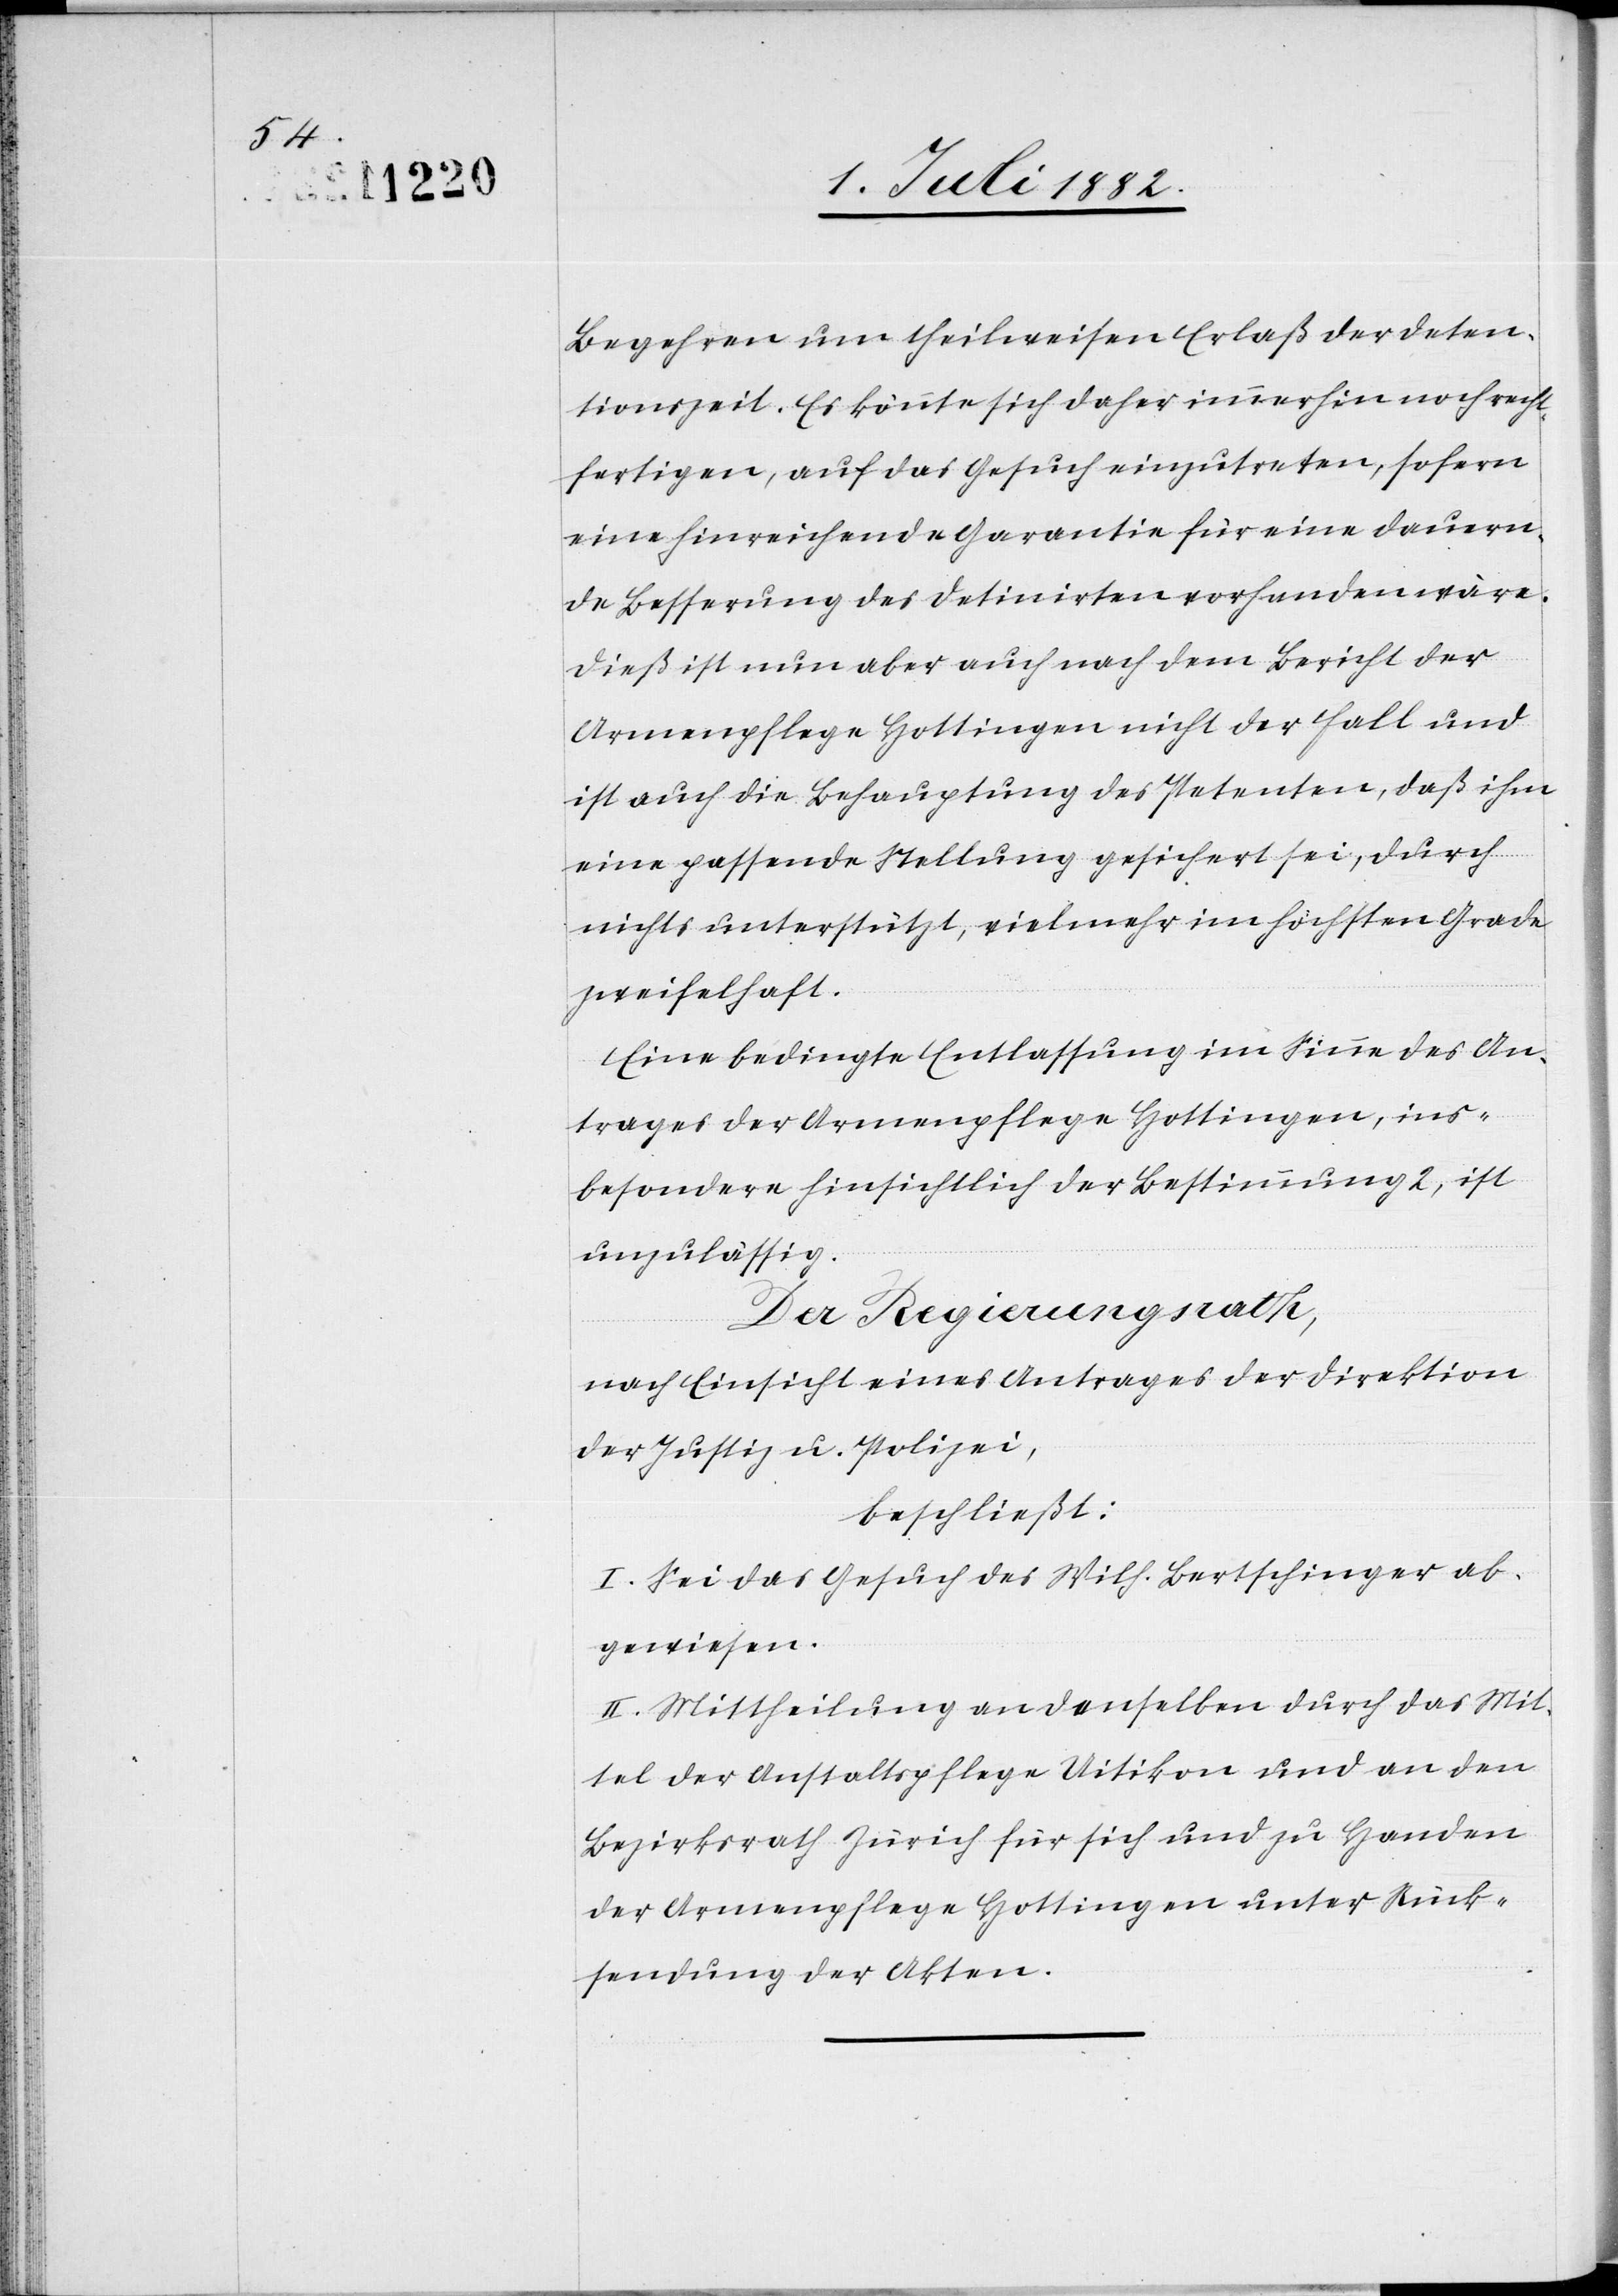
Begehren um theilweisen Erlaß der Deten¬
tionszeit. Es könnte sich daher immerhin noch recht¬
fertigen, auf das Gesuch einzutreten, sofern
eine hinreichende Garantie für eine dauern¬
de Besserung des Detinirten vorhanden wäre.
Dieß ist nun aber auch nach dem Bericht der
Armenpflege Hottingen nicht der Fall und
ist auch die Behauptung des Petenten, daß ihm
eine passende Stellung gesichert sei, durch
nichts unterstützt, vielmehr im höchsten Grade
zweifelhaft.
Eine bedingte Entlassung im Sinne des An¬
trages der Armenpflege Hottingen, ins¬
besondere hinsichtlich der Bestimmung 2, ist
unzulässig.
Der Regierungsrath,
nach Einsicht eines Antrages der Direktion
der Justiz & Polizei,
beschließt:
I. Sei das Gesuch des Wilh. Bertschinger ab¬
gewiesen.
II. Mittheilung an denselben durch das Mit¬
tel der Anstaltspflege Uitikon und an den
Bezirksrath Zürich für sich und zu Handen
der Armenpflege Hottingen unter Rück¬
sendung der Akten.